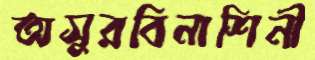
অসুরবিনাশিনী